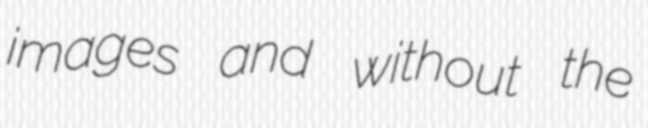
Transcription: images and without the